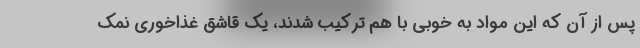
پس از آن که این مواد به خوبی با هم ترکیب شدند، یک قاشق غذاخوری نمک